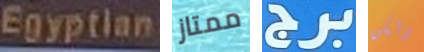
Egyptian ممتاز برج ولكن